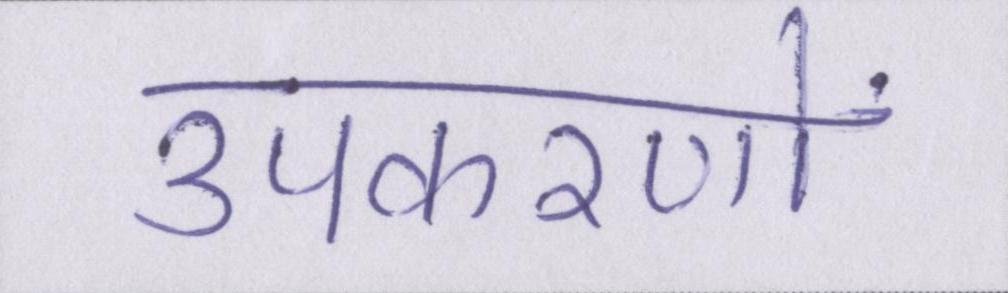
उपकरणों